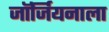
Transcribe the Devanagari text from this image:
जॉर्जियनाला